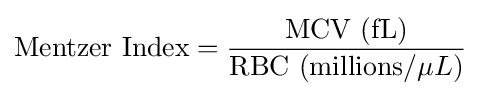
{\text{Mentzer Index}}={\frac {\text{MCV (fL)}}{{\text{RBC (millions/}}\mu L{\text{)}}}}